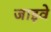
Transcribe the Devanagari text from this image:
जाइवे